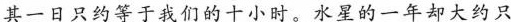
其一日只约等于我们的十小时。水星的一年却大约只